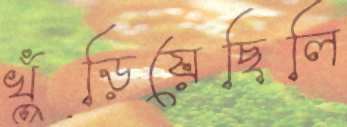
খুঁড়িয়েছিলি